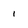
Character: 1